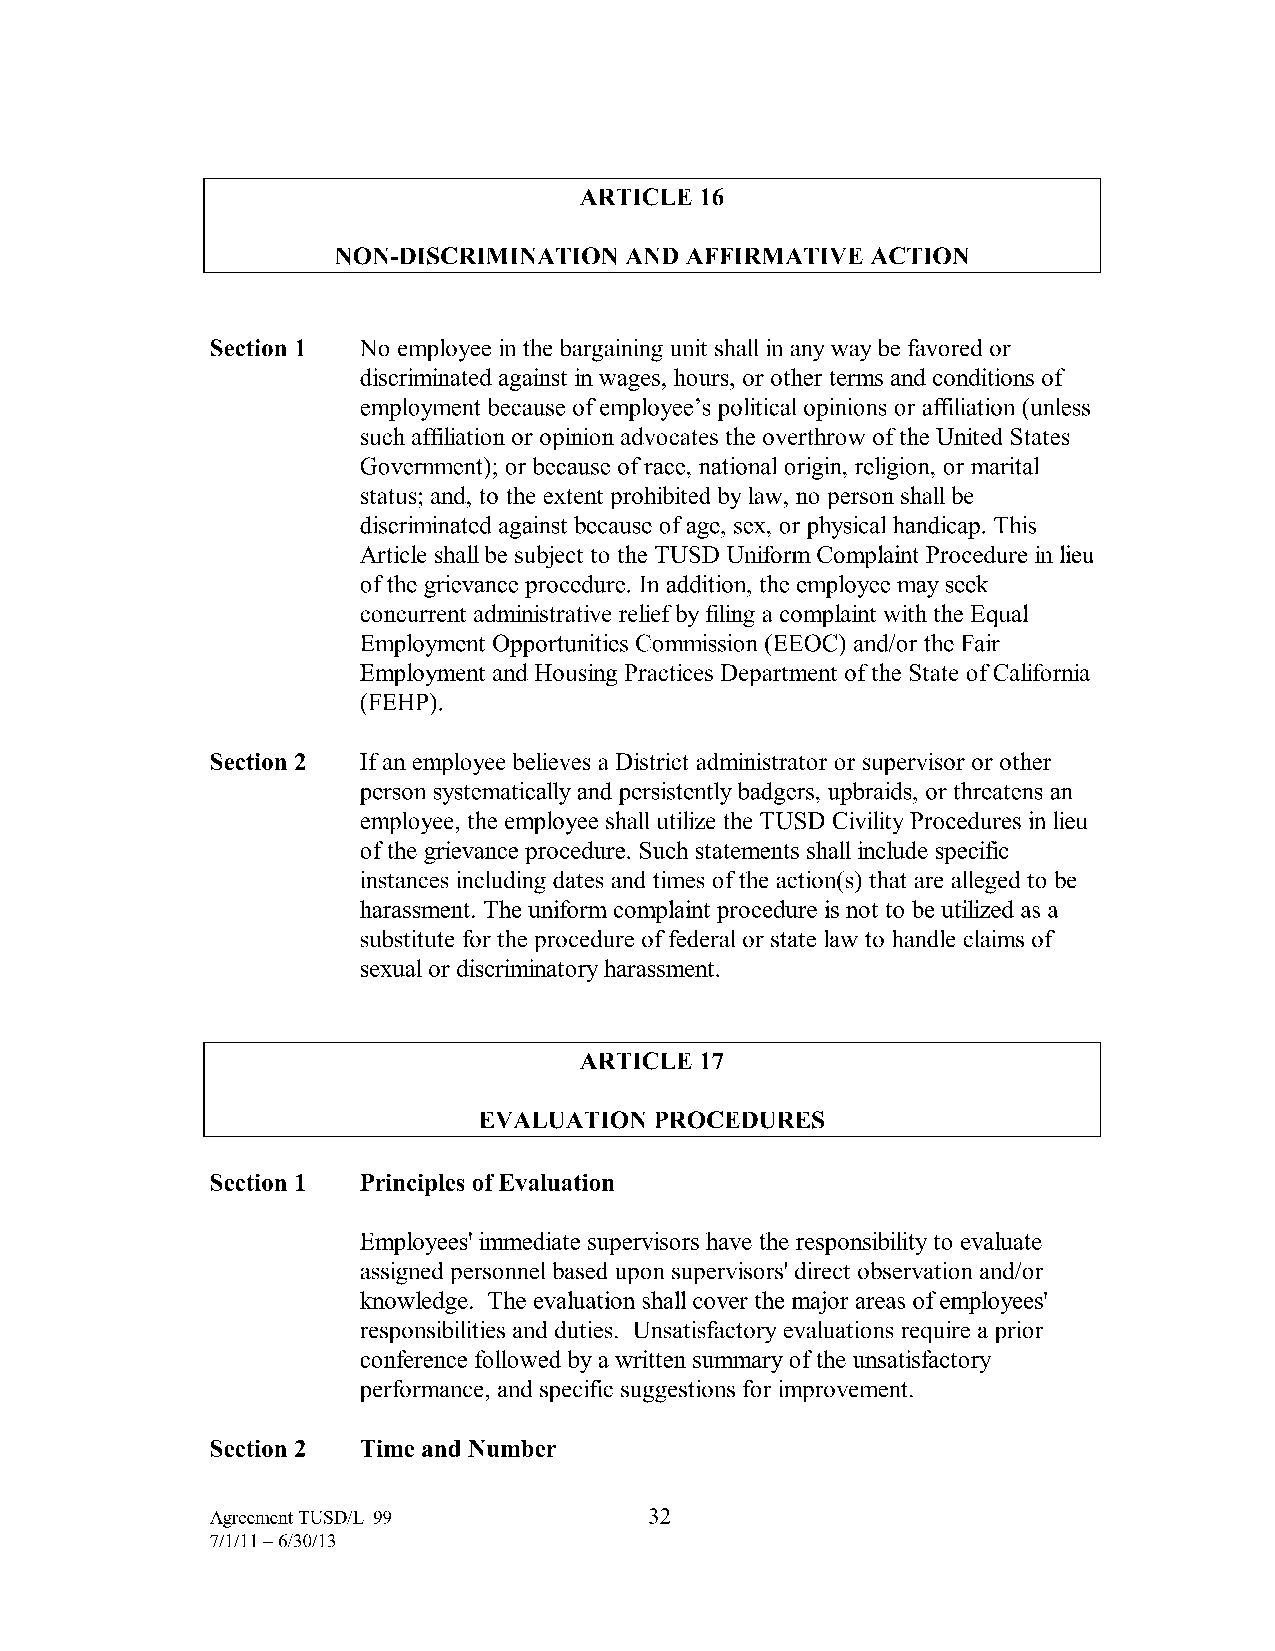
ARTICLE 16
 NON-DISCRIMINATION AND AFFIRMATIVE  ACTION
 Section 1 No employee in the bargaining unit shall in any way be favored or
 discriminated against in wages, hours, or other terms and conditions of
 employment because of employee's political opinions or affiliation (unless
 such affiliation or opinion advocates the overthrow of the United States
 Government); or because ofrace, national origin, religion, or marital
 status; and, to the extent prohibited by law, no person shall be
 discriminated against because of age, sex, or physical handicap. This
 Article shall be subject to the TUSD Uniform Complaint Procedure in lieu
 of the grievance procedure. In addition, the employee may seek
 concurrent administrative relief by filing a complaint with the Equal
 Employment Opportunities Commission (EEOC) and/or the Fair
 Employment and Housing Practices Department of the State of California
 (FEHP).
 Section 2 If an employee believes a District administrator or supervisor or other
 person systematically and persistently badgers, upbraids, or threatens an
 employee, the employee shall utilize the TUSD Civility Procedures in lieu
 of the grievance procedure. Such statements shall include specific
 instances including dates and times of the action(s) that are alleged to be
 harassment. The uniform complaint procedure is not to be utilized as a
 substitute for the procedure of federal or state law to handle claims of
 sexual or discriminatory harassment.
 ARTICLE 17
 EVALUATION PROCEDURES
 Section 1 Principles of Evaluation
 Employees' immediate supervisors have the responsibility to evaluate
 assigned personnel based upon supervisors' direct observation and/or
 knowledge. The evaluation shall cover the major areas of employees'
 responsibilities and duties. Unsatisfactory evaluations require a prior
 conference followed by a written summary of the unsatisfactory
 performance, and specific suggestions for improvement.
 Section 2 Time and Number
 Agreement TUSD/L-99          32
 7/1/11-6/30/13